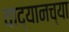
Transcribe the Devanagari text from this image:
वाद्यानच्या